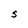
Character: S